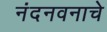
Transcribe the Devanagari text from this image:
नंदनवनाचे